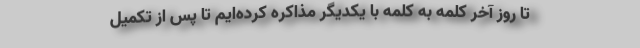
تا روز آخر کلمه به کلمه با یکدیگر مذاکره کرده‌ایم تا پس از تکمیل